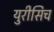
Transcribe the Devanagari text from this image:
युरीसिच